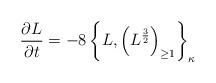
\begin{align*}{\partial L\over \partial t} = -8 \left\{L, \left(L^{3\over2}\right)_{\geq 1}\right\}_{\kappa}\end{align*}